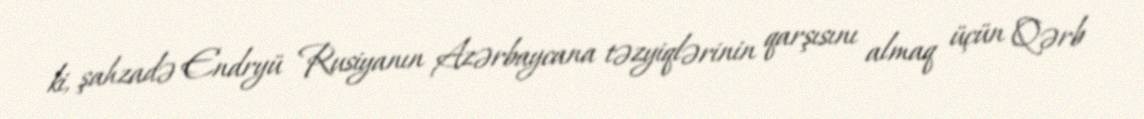
ki, şahzadə Endryü Rusiyanın Azərbaycana təzyiqlərinin qarşısını almaq üçün Qərb